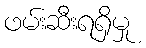
ဖမ်းဆီးရရှိမှု